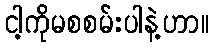
ငါ့ကိုမစစမ်းပါနဲ့ဟာ။